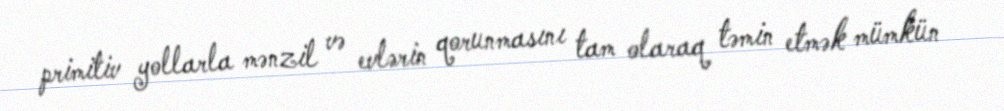
primitiv yollarla mənzil və evlərin qorunmasını tam olaraq təmin etmək mümkün